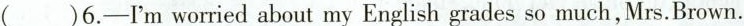
()6.-I'm worried about my English grades so much,Mrs.Brown.